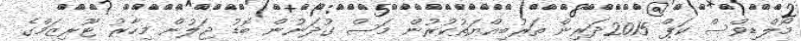
މޯލްޑިވްސް ކަޕް 2015ދަރިން ތަރުބިއްޔަތުކުރުން މަސް ގުދަނުން ބޮޑު ޖަލުން މިހާރު ޓޫރިޒަމްގެ